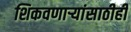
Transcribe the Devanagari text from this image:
शिकवणार्‍यांसाठीही